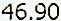
46.90